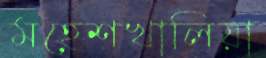
মহেশখালিয়া